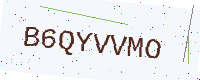
Text: B6QYVVMO